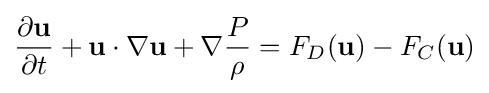
{\frac {\partial \mathbf {u} }{\partial t}}+\mathbf {u} \cdot \nabla \mathbf {u} +\nabla {\frac {P}{\rho }}=F_{D}(\mathbf {u} )-F_{C}(\mathbf {u} )